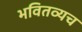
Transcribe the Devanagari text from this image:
भवितव्यच